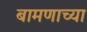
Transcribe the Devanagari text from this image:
बामणाच्या